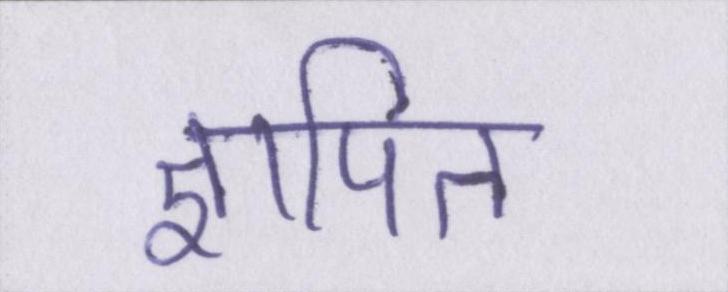
ज्ञापित